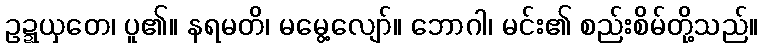
ဥဍ္ဍယှတေ၊ ပူ၏။ နရမတိ၊ မမွေ့လျော်။ ဘောဂါ၊ မင်း၏ စည်းစိမ်တို့သည်။